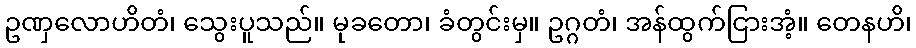
ဥဏှလောဟိတံ၊ သွေးပူသည်။ မုခတော၊ ခံတွင်းမှ။ ဥဂ္ဂတံ၊ အန်ထွက်ငြားအံ့။ တေနဟိ၊